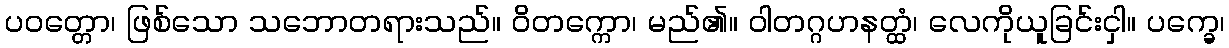
ပဝတ္တော၊ ဖြစ်သော သဘောတရားသည်။ ဝိတက္ကော၊ မည်၏။ ဝါတဂ္ဂဟနတ္ထံ၊ လေကိုယူခြင်းငှါ။ ပက္ခေ၊